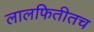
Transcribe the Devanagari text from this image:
लालफितीतच